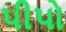
પીપો